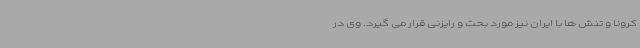
کرونا و تنش ها با ایران نیز مورد بحث و رایزنی قرار می گیرد. وی در